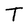
Character: T